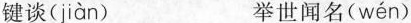
键谈( jiàn ) 举世闻名( wén )